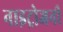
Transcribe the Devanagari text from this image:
नाइट्रोजनी